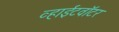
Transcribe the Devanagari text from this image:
व्हाईटवॉटर